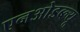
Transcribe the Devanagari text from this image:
एनओडब्ल्यू